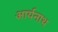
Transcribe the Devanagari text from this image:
आर्यनाथ